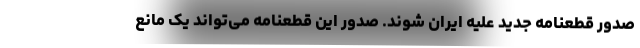
صدور قطعنامه جدید علیه ایران شوند. صدور این قطعنامه می‌تواند یک مانع